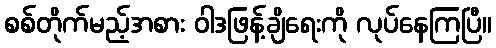
စစ်တိုက်မည့်အစား ဝါဒဖြန့်ချိရေးကို လုပ်နေကြပြီ။